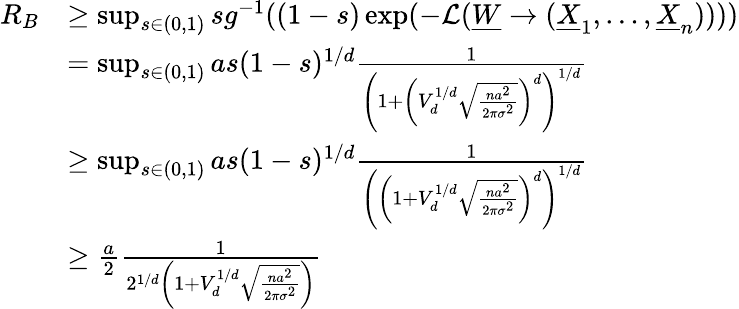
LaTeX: \begin{array}{rl}{R_{B}}&{\geq\operatorname*{sup}_{s\in(0,1)}sg^{-1}((1-s)\exp(-\mathcal{L}(\underline{{W}}\to(\underline{{X}}_{1},\dots,\underline{{X}}_{n}))))}\\ &{=\operatorname*{sup}_{s\in(0,1)}as(1-s)^{1/d}\frac{1}{\left(1+\left(V_{d}^{1/d}\sqrt{\frac{na^{2}}{2\pi\sigma^{2}}}\right)^{d}\right)^{1/d}}}\\ &{\geq\operatorname*{sup}_{s\in(0,1)}as(1-s)^{1/d}\frac{1}{\left(\left(1+V_{d}^{1/d}\sqrt{\frac{na^{2}}{2\pi\sigma^{2}}}\right)^{d}\right)^{1/d}}}\\ &{\geq\frac{a}{2}\frac{1}{2^{1/d}\left(1+V_{d}^{1/d}\sqrt{\frac{na^{2}}{2\pi\sigma^{2}}}\right)}}\end{array}